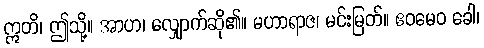
ဣတိ၊ ဤသို့။ အာဟ၊ လျှောက်ဆို၏။ မဟာရာဇ၊ မင်းမြတ်။ ဧဝမေဝ ခေါ၊